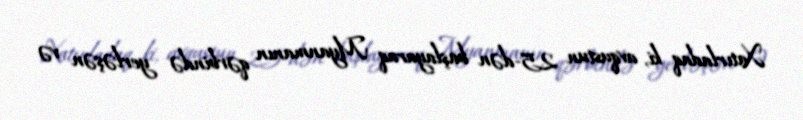
Xatırladaq ki, avqustun 25-dən başlayaraq Myanmanın qərbində yerləşən və